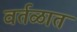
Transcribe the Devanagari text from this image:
वर्तळात